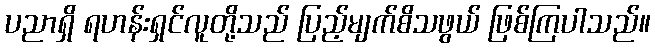
ပညာရှိ ရဟန်းရှင်လူတို့သည် ပြည့်မျက်စိသဖွယ် ဖြစ်ကြပါသည်။